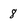
Character: 8